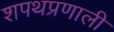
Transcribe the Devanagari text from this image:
शपथप्रणाली